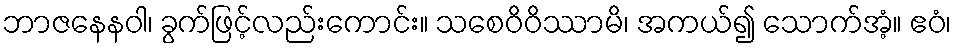
ဘာဇနေနဝါ၊ ခွက်ဖြင့်လည်းကောင်း။ သစေဝိဝိဿာမိ၊ အကယ်၍ သောက်အံ့။ ဧဝံ၊